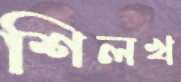
শিলখ